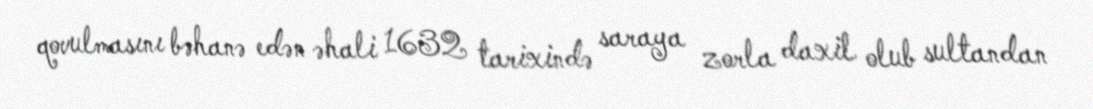
qovulmasını bəhanə edən əhali 1632 tarixində saraya zorla daxil olub sultandan